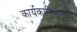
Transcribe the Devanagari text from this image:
कार्यकारिणीतून